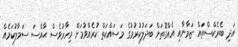
އަދި ބެރެކްސްތައް ޒަމާނާއި އެއްގޮތަށް ބަދަލުކުރުމުގެ މަސައްކަތް ކުރެއްވުމަށް މިހާރުވެސް ޙާއްސަ ސަމާލުކަމެއް